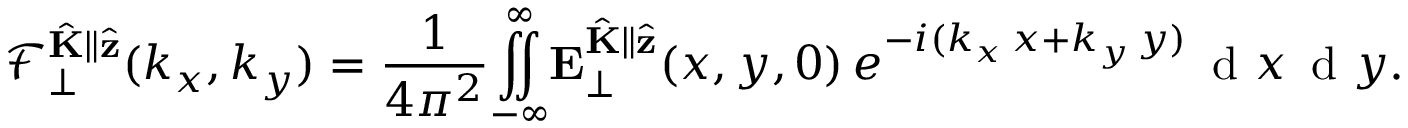
\mathcal { F } _ { \perp } ^ { \hat { \mathbf { K } } \parallel \hat { \mathbf { z } } } ( k _ { x } , k _ { y } ) = \frac { 1 } { 4 \pi ^ { 2 } } \overset { \infty } { \underset { - \infty } { \iint } } \mathbf { E } _ { \perp } ^ { \hat { \mathbf { K } } \parallel \hat { \mathbf { z } } } ( x , y , 0 ) \, e ^ { - i ( k _ { x } \, x + k _ { y } \, y ) } \, \mathrm { ~ d ~ } x \, \mathrm { ~ d ~ } y .